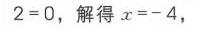
$2 = 0$，解得$x = - 4$，